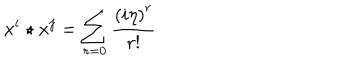
x ^ { i } \star x ^ { j } = \sum _ { r = 0 } \frac { \left( i \eta \right) ^ { r } } { r ! }